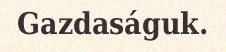
Gazdaságuk.